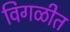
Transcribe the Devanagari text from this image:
विगळीत